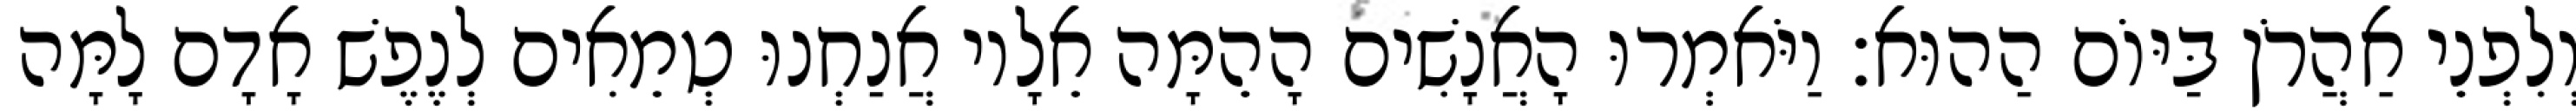
וְלִפְנֵי אַהֲרֹן בַּיּוֹם הַהוּא׃ וַיֹּאמְרוּ הָאֲנָשִׁים הָהֵמָּה אֵלָיו אֲנַחְנוּ טְמֵאִים לְנֶפֶשׁ אָדָם לָמָּה